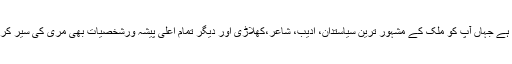
مال روڈ ایک ایسی جگہ ہے جہاں آپ کو ملک کے مشہور ترین سیاستدان، ادیب، شاعر،کھلاڑی اور دیگر تمام اعلیٰ پیشہ ورشخصیات بھی مری کی سیر کرتے ہوئے مل جائیں گی۔